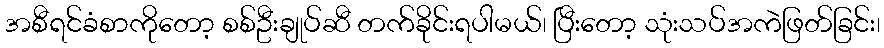
အစီရင်ခံစာကိုတော့ စစ်ဦးချုပ်ဆီ တက်ခိုင်းရပါမယ်၊ ပြီးတော့ သုံးသပ်အကဲဖြတ်ခြင်း၊